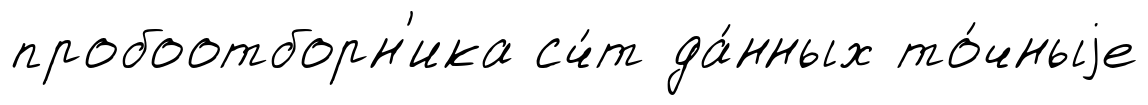
пробоотборн'ика сч́т да́нных то́чныjе